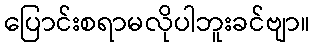
ပြောင်းစရာမလိုပါဘူးခင်ဗျာ။